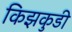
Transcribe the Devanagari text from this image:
किझकुडी